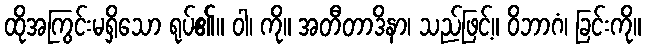
ထိုအကြွင်းမရှိသော ရုပ်၏။ ဝါ၊ ကို။ အတီတာဒိနာ၊ သည်ဖြင့်။ ဝိဘာဂံ၊ ခြင်းကို။